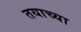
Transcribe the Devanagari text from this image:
तयाच्या